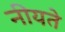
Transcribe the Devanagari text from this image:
नीयते